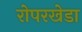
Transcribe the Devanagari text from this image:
रोपरखेडा